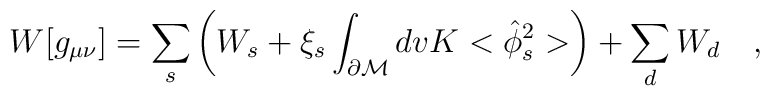
W[g_{\mu\nu}]=\sum_{s}\left( W_s+\xi_s\int_{\partial {\cal M}}dvK<\hat{\phi}_s^2>\right)+\sum_{d} W_d~~~,